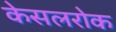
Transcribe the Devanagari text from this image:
केसलरोक